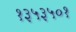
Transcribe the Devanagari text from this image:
१३५३५०१